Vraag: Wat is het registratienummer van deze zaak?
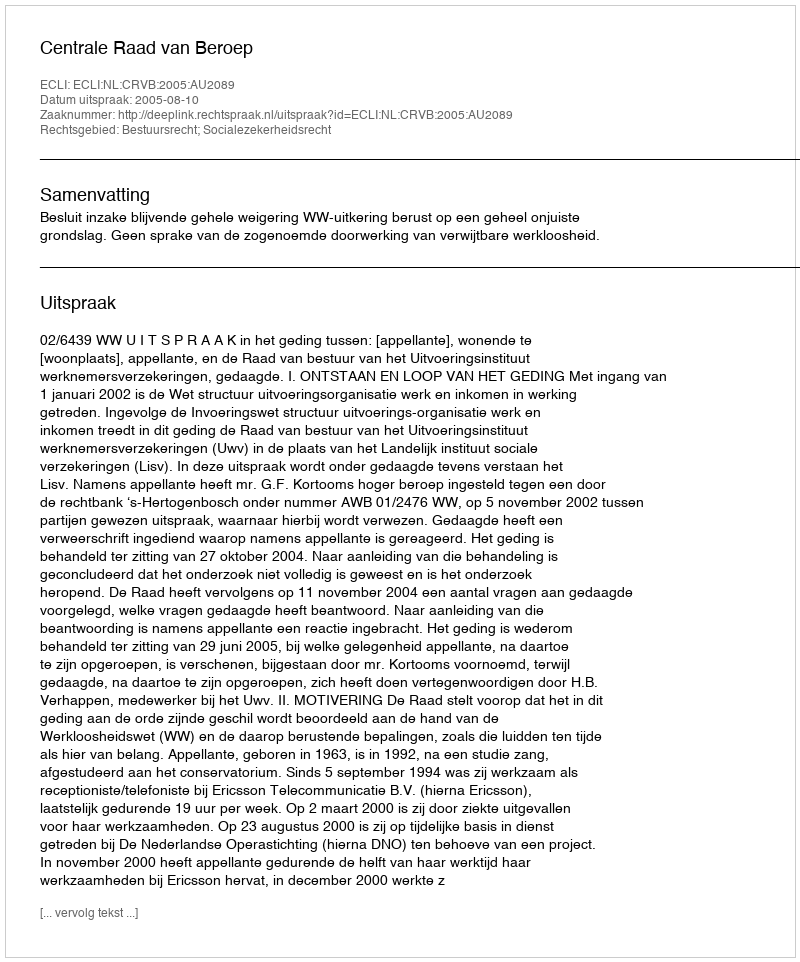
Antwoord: http://deeplink.rechtspraak.nl/uitspraak?id=ECLI:NL:CRVB:2005:AU2089